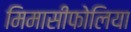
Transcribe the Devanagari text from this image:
मिमासीफोलिया